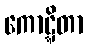
ကောဋ္ဋိတာ